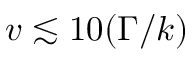
v \lesssim 1 0 ( \Gamma / k )